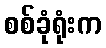
စစ်ခုံရုံးက